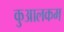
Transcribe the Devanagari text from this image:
कुआलकम